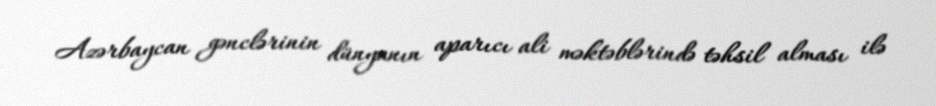
Azərbaycan gənclərinin dünyanın aparıcı ali məktəblərində təhsil alması ilə